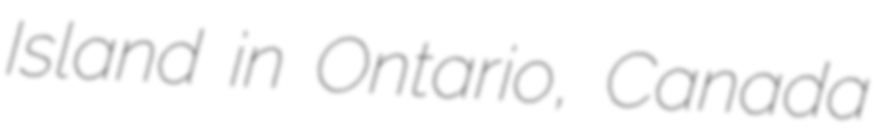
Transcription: Island in Ontario, Canada